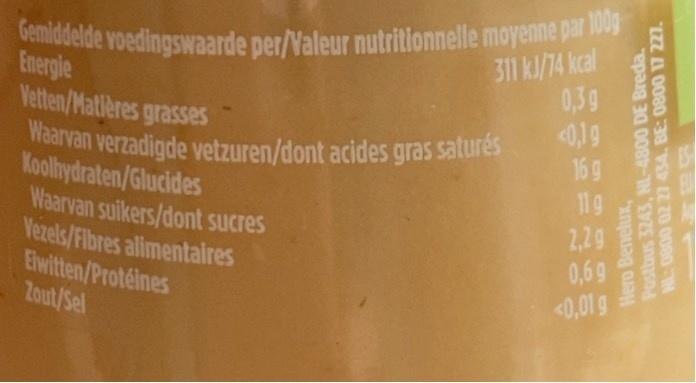
Gemiddelde voedingswaarde per/Valeur nutritionnelle moyenne par 100g
311 k/74 kcal
Energie Vetten/Matleres grasses
Waarvan verzadigde vetzuren/dont acides gras saturés Koolhydraten/Glucides Waarvan suikers/dont sucres Vezels/Fibres alimentaires Elwitten/Protéines Zout/Sel
0,39 <0,19 16g 1g 2,29 0,69 <0,01 g
Hero Benelux, Postbus 3243, NL-4800 DE Breda. WL: 0800 02 27 434. BE: 0800 17 227.